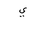
Letter: _ya